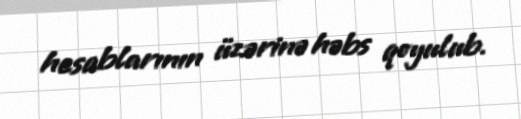
hesablarının üzərinə həbs qoyulub.